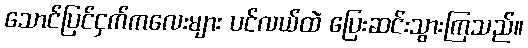
သောင်ပြင်ငှက်ကလေးများ ပင်လယ်ထဲ ပြေးဆင်းသွားကြသည်။